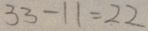
3 3 - 1 1 = 2 2